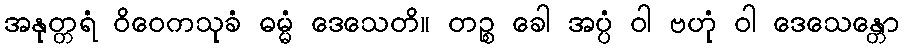
အနုတ္တရံ ဝိဝေကသုခံ ဓမ္မံ ဒေသေတိ။ တဉ္စ ခေါ အပ္ပံ ဝါ ဗဟုံ ဝါ ဒေသေန္တော